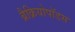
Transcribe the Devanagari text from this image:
ब्रैक्रियोपॉडस